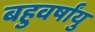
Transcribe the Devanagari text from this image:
बहुवर्षांयु